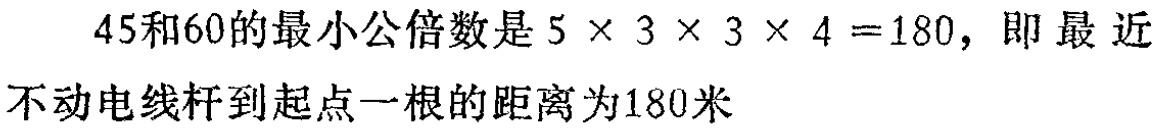
\(45和60的最小公倍数是5\times 3\times 3\times 4 = 180，即最近\\不动电线杆到起点一根的距离为180米\)